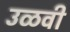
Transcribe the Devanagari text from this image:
उळवी